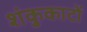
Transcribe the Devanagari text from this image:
शंकुकाटों